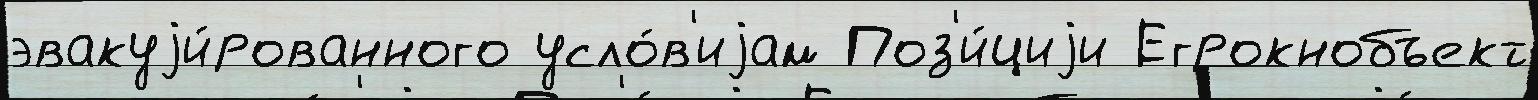
эвакуjи́рованного усло́в'иjам Поз'и́циjи Егрокнобъект